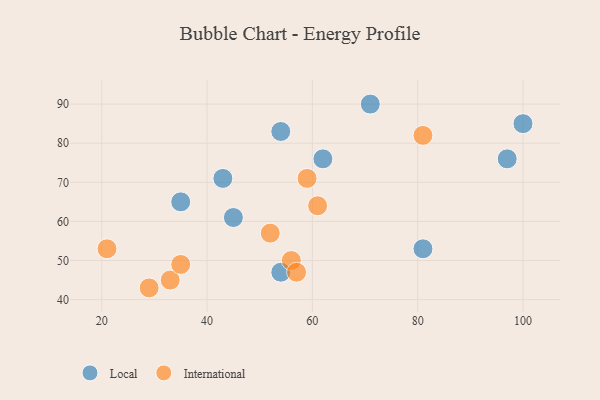
{"axis": {"x": "GDP", "y": "Life Expectancy"}, "legend": ["International", "Local"], "data": [{"x": "54", "y": 47, "type": "Local"}, {"x": "45", "y": 61, "type": "Local"}, {"x": "71", "y": 90, "type": "Local"}, {"x": "62", "y": 76, "type": "Local"}, {"x": "43", "y": 71, "type": "Local"}, {"x": "81", "y": 53, "type": "Local"}, {"x": "97", "y": 76, "type": "Local"}, {"x": "35", "y": 65, "type": "Local"}, {"x": "100", "y": 85, "type": "Local"}, {"x": "54", "y": 83, "type": "Local"}, {"x": "33", "y": 45, "type": "International"}, {"x": "21", "y": 53, "type": "International"}, {"x": "35", "y": 49, "type": "International"}, {"x": "81", "y": 82, "type": "International"}, {"x": "29", "y": 43, "type": "International"}, {"x": "61", "y": 64, "type": "International"}, {"x": "59", "y": 71, "type": "International"}, {"x": "52", "y": 57, "type": "International"}, {"x": "56", "y": 50, "type": "International"}, {"x": "57", "y": 47, "type": "International"}]}